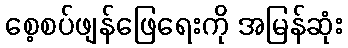
စေ့စပ်ဖျန်ဖြေရေးကို အမြန်ဆုံး